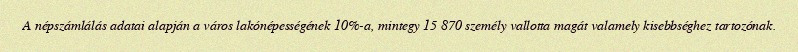
A népszámlálás adatai alapján a város lakónépességének 10%-a, mintegy 15 870 személy vallotta magát valamely kisebbséghez tartozónak.